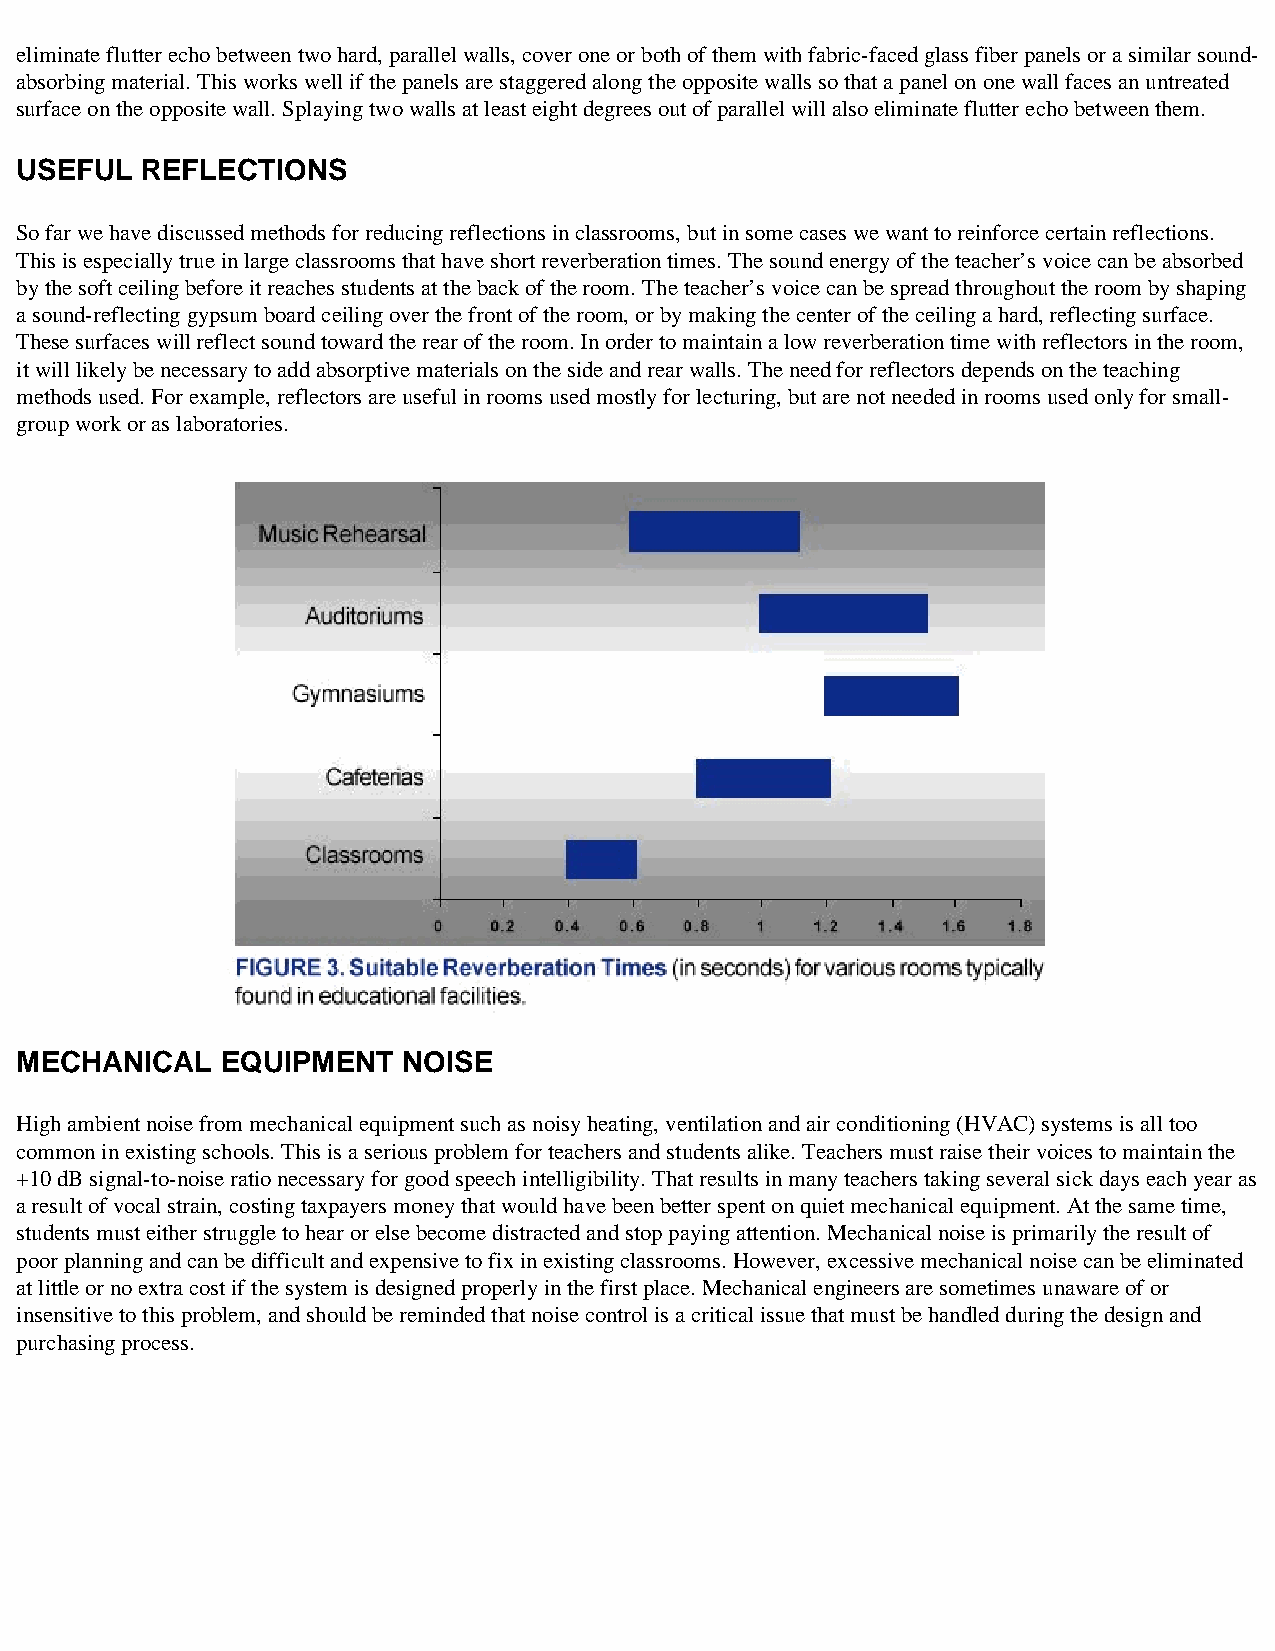
eliminate flutter echo between two hard, parallel walls, cover one or both of them with fabric-faced glass fiber panels or a similar sound-
 absorbing material. This works well if the panels are staggered along the opposite walls so that a panel on one wall faces an untreated
 surface on the opposite wall. Splaying two walls at least eight degrees out of parallel will also eliminate flutter echo between them.
 USEFUL  REFLECTIONS
 So far we have discussed methods for reducing reflections in classrooms, but in some cases we want to reinforce certain reflections.
 This is especially true in large classrooms that have short reverberation times. The sound energy of the teacher’s voice can be absorbed
 by the soft ceiling before it reaches students at the back of the room. The teacher’s voice can be spread throughout the room by shaping
 a sound-reflecting gypsum board ceiling over the front of the room, or by making the center of the ceiling a hard, reflecting surface.
 These surfaces will reflect sound toward the rear of the room. In order to maintain a low reverberation time with reflectors in the room,
 it will likely be necessary to add absorptive materials on the side and rear walls. The need for reflectors depends on the teaching
 methods used. For example, reflectors are useful in rooms used mostly for lecturing, but are not needed in rooms used only for small-
 group work or as laboratories.
 MECHANICAL    EQUIPMENT   NOISE
 High ambient noise from mechanical equipment such as noisy heating, ventilation and air conditioning (HVAC) systems is all too
 common in existing schools. This is a serious problem for teachers and students alike. Teachers must raise their voices to maintain the
 +10 dB signal-to-noise ratio necessary for good speech intelligibility. That results in many teachers taking several sick days each year as
 a result of vocal strain, costing taxpayers money that would have been better spent on quiet mechanical equipment. At the same time,
 students must either struggle to hear or else become distracted and stop paying attention. Mechanical noise is primarily the result of
 poor planning and can be difficult and expensive to fix in existing classrooms. However, excessive mechanical noise can be eliminated
 at little or no extra cost if the system is designed properly in the first place. Mechanical engineers are sometimes unaware of or
 insensitive to this problem, and should be reminded that noise control is a critical issue that must be handled during the design and
 purchasing process.